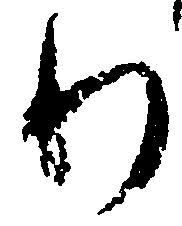
わ